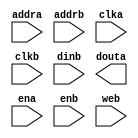
module ram32x8(
	addra,
	addrb,
	clka,
	clkb,
	dinb,
	douta,
	ena,
	enb,
	web);


input [4 : 0] addra;
input [4 : 0] addrb;
input clka;
input clkb;
input [7 : 0] dinb;
output [7 : 0] douta;
input ena;
input enb;
input web;

// synthesis translate_off

      BLKMEMDP_V6_3 #(
		.c_addra_width(5),
		.c_addrb_width(5),
		.c_default_data("0"),
		.c_depth_a(32),
		.c_depth_b(32),
		.c_enable_rlocs(0),
		.c_has_default_data(1),
		.c_has_dina(0),
		.c_has_dinb(1),
		.c_has_douta(1),
		.c_has_doutb(0),
		.c_has_ena(1),
		.c_has_enb(1),
		.c_has_limit_data_pitch(0),
		.c_has_nda(0),
		.c_has_ndb(0),
		.c_has_rdya(0),
		.c_has_rdyb(0),
		.c_has_rfda(0),
		.c_has_rfdb(0),
		.c_has_sinita(0),
		.c_has_sinitb(0),
		.c_has_wea(0),
		.c_has_web(1),
		.c_limit_data_pitch(18),
		.c_mem_init_file("mif_file_16_1"),
		.c_pipe_stages_a(0),
		.c_pipe_stages_b(0),
		.c_reg_inputsa(0),
		.c_reg_inputsb(0),
		.c_sim_collision_check("NONE"),
		.c_sinita_value("0"),
		.c_sinitb_value("0"),
		.c_width_a(8),
		.c_width_b(8),
		.c_write_modea(0),
		.c_write_modeb(0),
		.c_ybottom_addr("0"),
		.c_yclka_is_rising(1),
		.c_yclkb_is_rising(1),
		.c_yena_is_high(0),
		.c_yenb_is_high(0),
		.c_yhierarchy("hierarchy1"),
		.c_ymake_bmm(0),
		.c_yprimitive_type("32kx1"),
		.c_ysinita_is_high(1),
		.c_ysinitb_is_high(1),
		.c_ytop_addr("1024"),
		.c_yuse_single_primitive(0),
		.c_ywea_is_high(0),
		.c_yweb_is_high(0),
		.c_yydisable_warnings(1))
	inst (
		.ADDRA(addra),
		.ADDRB(addrb),
		.CLKA(clka),
		.CLKB(clkb),
		.DINB(dinb),
		.DOUTA(douta),
		.ENA(ena),
		.ENB(enb),
		.WEB(web),
		.DINA(),
		.DOUTB(),
		.NDA(),
		.NDB(),
		.RFDA(),
		.RFDB(),
		.RDYA(),
		.RDYB(),
		.SINITA(),
		.SINITB(),
		.WEA());


// synthesis translate_on

endmodule